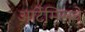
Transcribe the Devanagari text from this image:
आर्टेमिसने